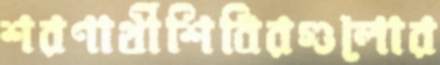
শরণার্থীশিবিরগুলোর